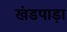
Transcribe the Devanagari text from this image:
खंडपाड़ा